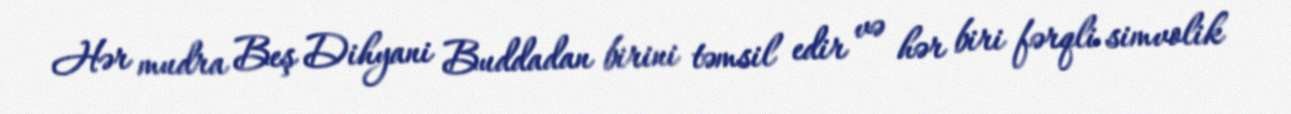
Hər mudra Beş Dihyani Buddadan birini təmsil edir və hər biri fərqli simvolik